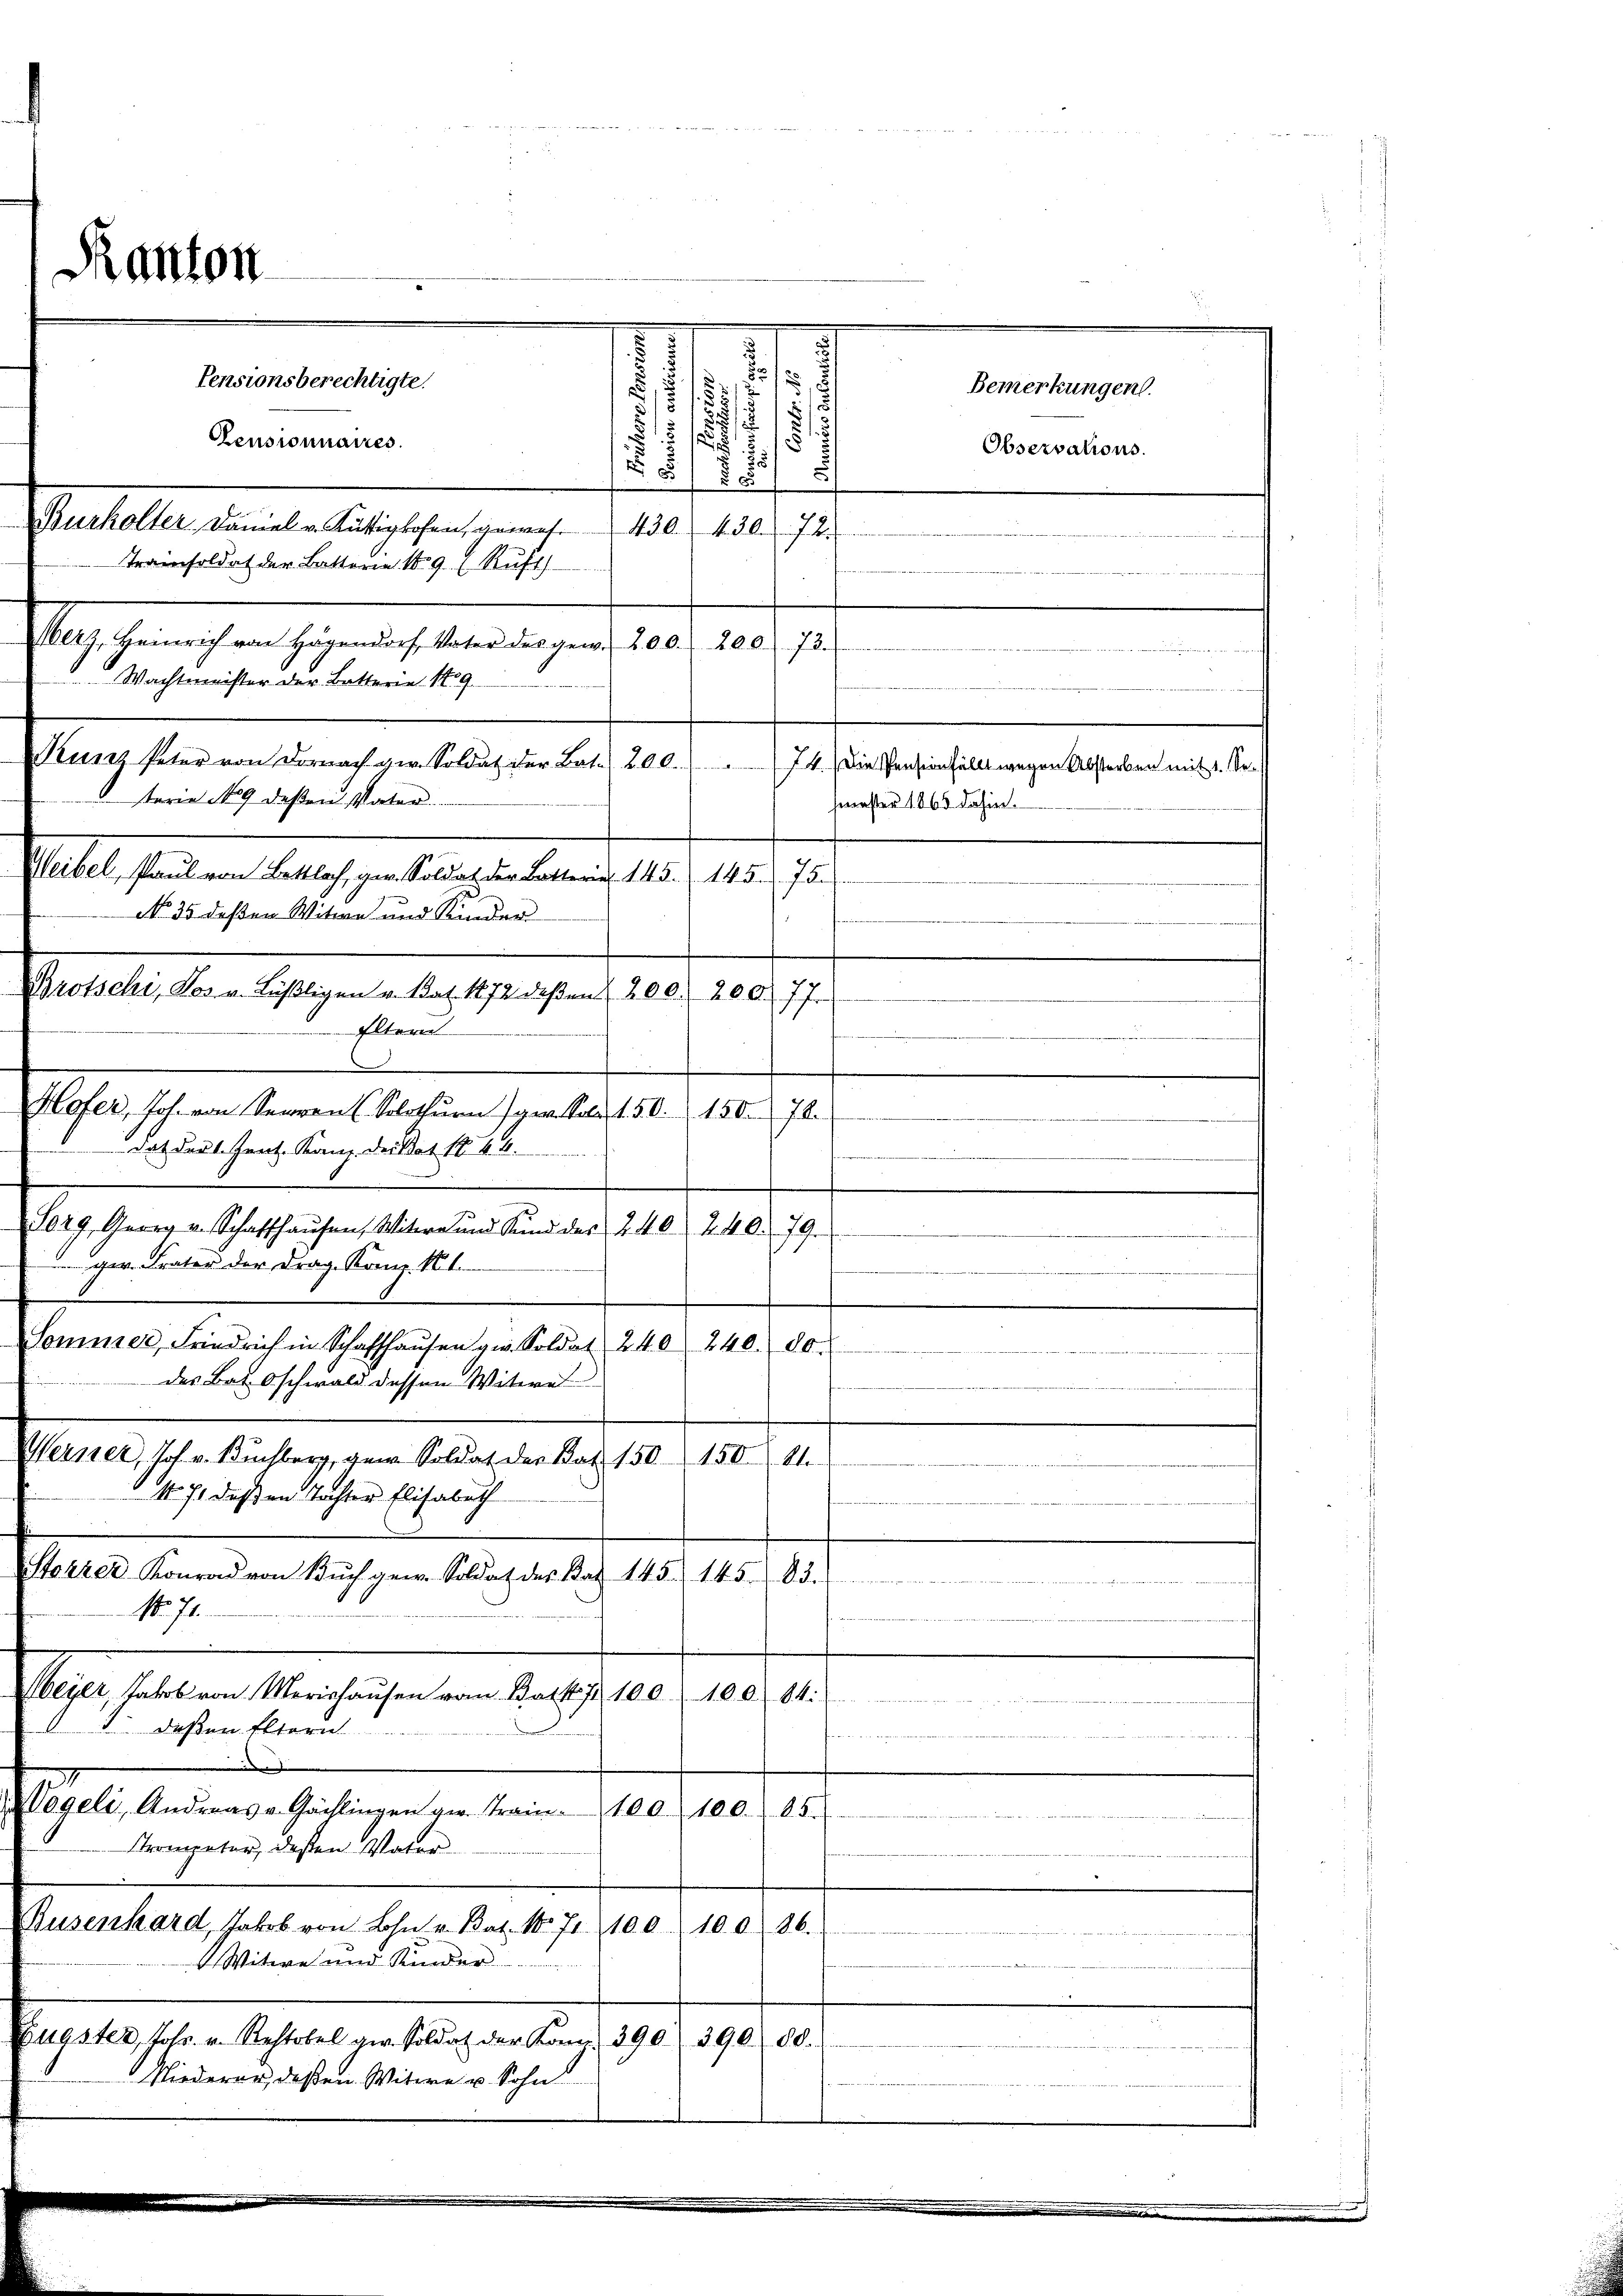
Pestalte, den Splügen an das ehelichen 10.
Eltern
Hofer, Joh. von Seeren (Solothurn gen. Soll 150. 150. 78.

Ranton

d
.
Bemerkungen.
15
155/2 1813
13
1
e
Observations.
5
185
8
Burholter Daniel v. Kustigkofen, gewes. 430. 430. 72.
Trainsoldat der Battoria 189 (Ruft
Magschenrechen Gegen ich bei angen 10. 230, 17
r
 Wachtmeister der Batterie 19
Kunz Peter von Dornach ger. Soldat der Bat. 200.) (74.) Die Pension füllt wegen Absterben mit 1. Se
sterie 189 deßen Vater.
smester 1865 dahin.
Weibel, Paul von Bettlach, ger. Soldat der Batterie 145. 145. 75.
No 35 deßen Witwe und Kinder

Pensionsberechtigte.
Censionnaires.

.

daz deute heut. Kanz. Drittat 1844.
ger. Frater der Drag. Komp. Kt.
des Bat. Oschwald dessen Witwe
N. 7, daß an Tochter Elisabeth
Stohrer Konrad von Buch gew. Soldat des Kat. 145.
No. 71.
deßen Eltern
Strompeter, deßen Vater
 Witwe und Kinder
Niederer, deßen Witwe u. Sohn

Forg, Georg v. Schaffhausen, Witwe und Stund des 240. 240. 79.
n
.
Sommer, Friedrich in Schaffhaŭsen zur Soldat 240 240. 80.

.
Werster, Joh. v. Buchberg, gen Soldat der Bat. 150. 150. 81.
e
III.
  und der ist gestrigen vorher den stattenen werden in
invereitererseit
lege selben Menschungen in derseit 12. 1803. 4.
 oder aber schritt der
n
.
Vogeli, Andreas v Gächlingen ge. Train. 100 100. 85.
Busenhard, Jakob von Lohn v. Bat. N. 71. 100. 100 86.
.
Saales seine Schrieb ein auch in den 171. 1907. 8.